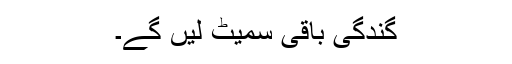
گندگی باقی سمیٹ لیں گے۔